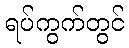
ရပ်ကွက်တွင်